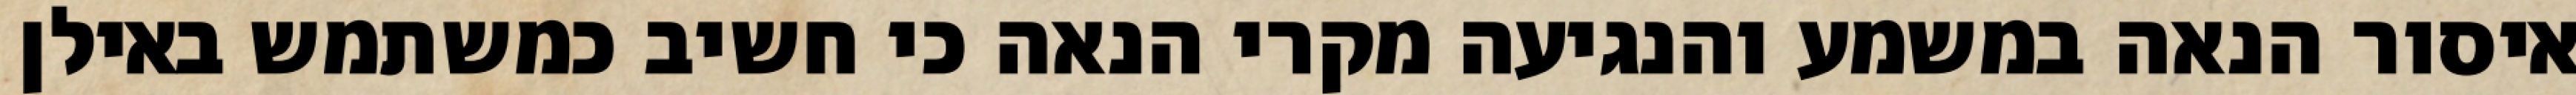
איסור הנאה במשמע והנגיעה מקרי הנאה כי חשיב כמשתמש באילן